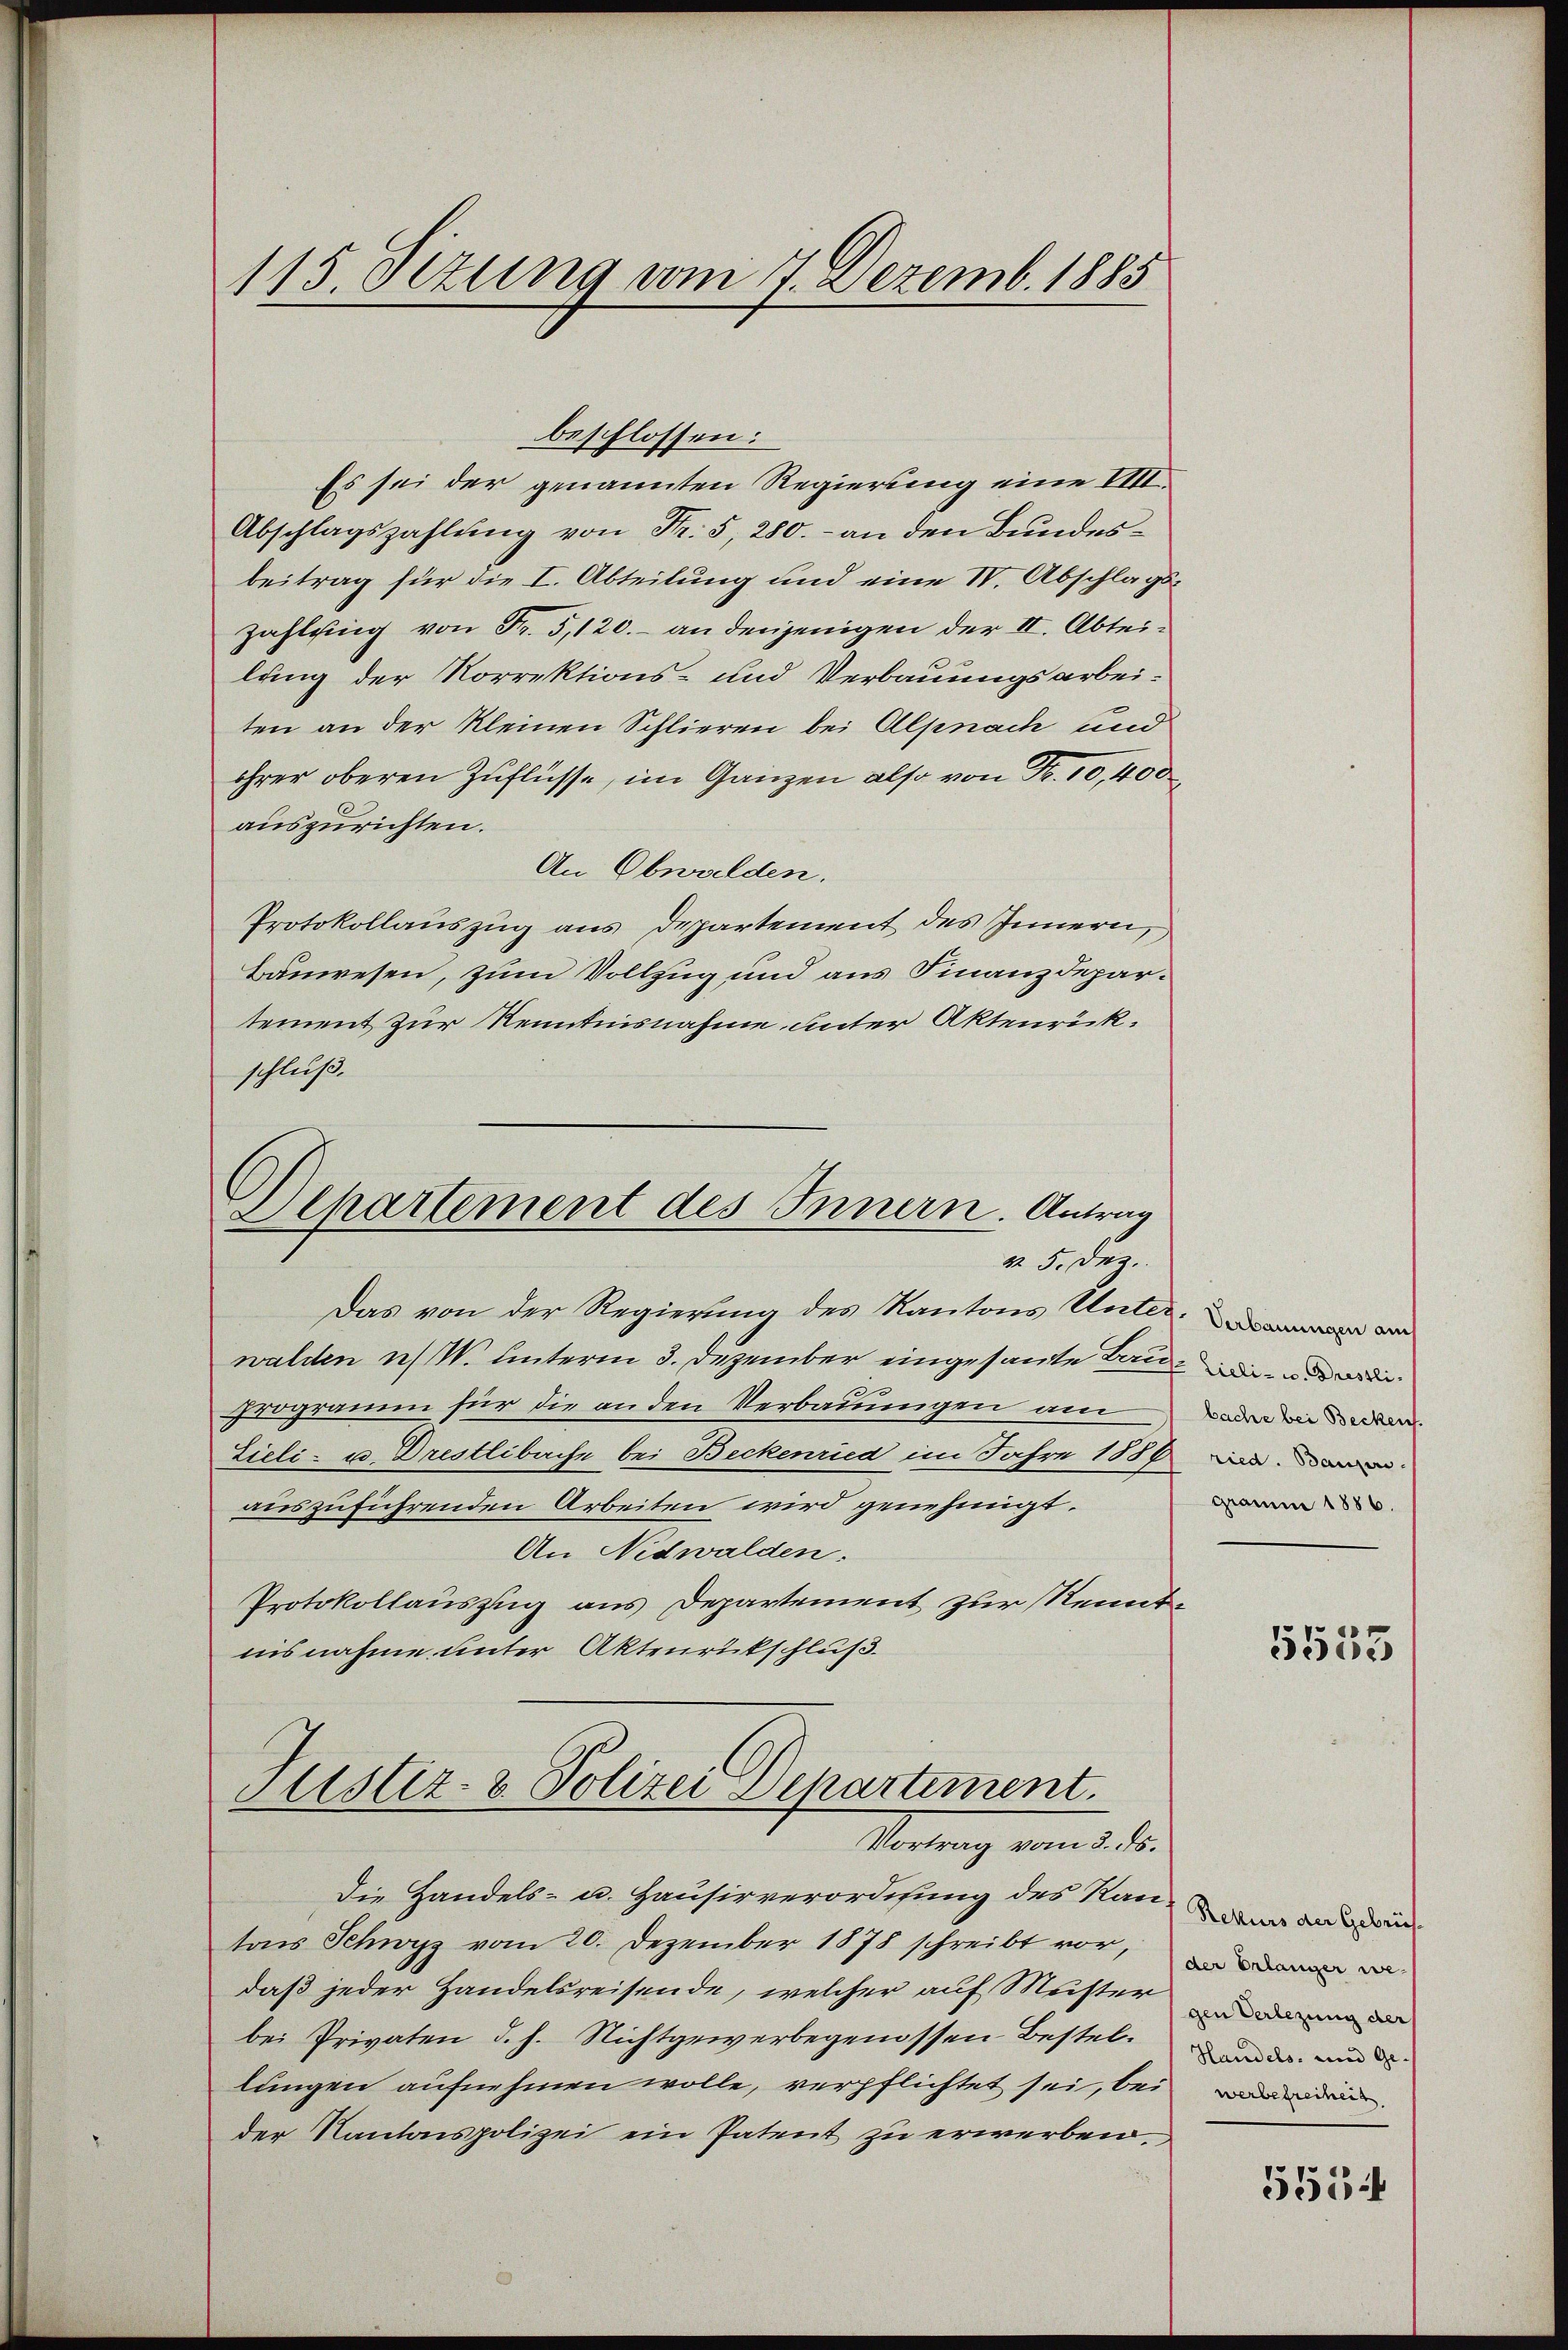
115. Jezung vom 4. Dezemb. 1885

beschlossen:
Es sei der genannten Regierung eine VIII
Abschlagszahlung von Fr. 5, 280. - an den Bundesbeitrag für die I. Abteilung und eine IV. Abschlags
Zahlung von Fr. 5,120.- an derjenigen der II. Abteilung der Korrektions- und Verbauungsarbeiten an der kleinen Schlieren bei Alpnach und
ihrer oberen Zuflüsse, im Ganzen also von
auszurichten.
An Obwalden.
Protokollauszug aus Departement des Innern,
Bauwesen, zum Vollzug und aus Finanzdepartement zur Kenntnisnahme unter Aktenrückschluß.
Separtement des Innern. Antrag
v. 5. Dez.
Das von der Regierung des Kantons Unter
walden u. W. unterm 3. Dezember eingesante Bau¬
Programm für die an den Verbauungen am
Lieli - u. Drestlibache bei Beckenried im Jahre 1886
auszuführenden Arbeiten wird genehmigt.
An Nidwalden.
Protokollauszug aus Departement zur Rennt
nisnahme unter Aktenrückschluß.

Sistiz- & Polizei Departement.
Mortung vom 2. ds.

Die Handels- u. Hausirverordnung des Rautars Schwyz vom 20. Dezember 1878 schreibt vor,
daß jeder Handelsreisende, welcher auf Muster
bei Privaten d. h. Nichtgewerbegenossen Bestellungen aufnehmen wolle, verpflichtet sei, bei
der Kantonspolizei ein Patent zu erwerben.

Verbauungen am
Lieli - u. Drestli
bache bei Becken.
ried. Baugeri
grau 1886.

5533

Rekurs der Gebrüh
der Erlanger wegen Verlegung der
Handels- und Gewerbefreiheit

5554